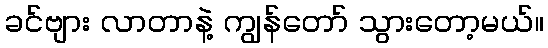
ခင်ဗျား လာတာနဲ့ ကျွန်တော် သွားတော့မယ်။